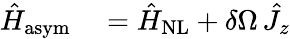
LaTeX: \begin{array}{rl}{\hat{H}_{\mathrm{asym}}}&{{}=\hat{H}_{\mathrm{NL}}+\delta\Omega\, \hat{J}_{z}}\end{array}